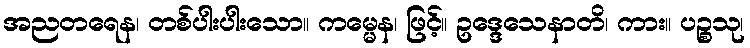
အညတရေန၊ တစ်ပါးပါးသော။ ကမ္မေန၊ ဖြင့်။ ဥဒ္ဒေသေနာတိ၊ ကား။ ပဉ္စသု၊